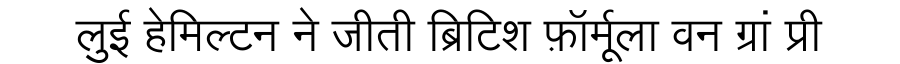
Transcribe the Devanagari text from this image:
लुई हेमिल्टन ने जीती ब्रिटिश फ़ॉर्मूला वन ग्रां प्री